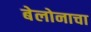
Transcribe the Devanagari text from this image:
बेलोनाचा